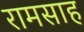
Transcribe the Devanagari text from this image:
रामसाह